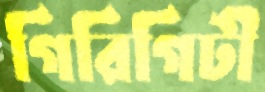
গিরিগিটী